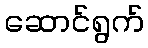
ဆောင်ရွက်